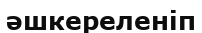
әшкереленіп